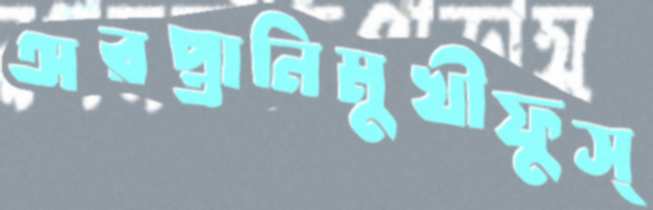
অরপ্তানিমুখীফুস্‌